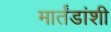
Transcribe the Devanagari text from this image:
मार्तंडांशी